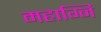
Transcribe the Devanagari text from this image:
महाग्नि